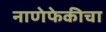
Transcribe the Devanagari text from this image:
नाणेफेकीचा